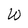
Character: w